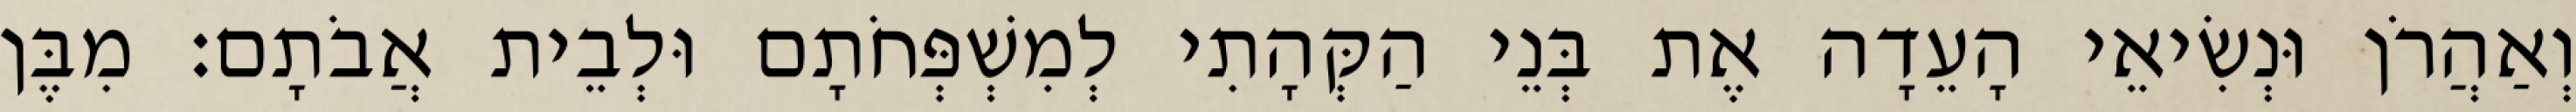
וְאַהֲרֹן וּנְשִׂיאֵי הָעֵדָה אֶת בְּנֵי הַקְּהָתִי לְמִשְׁפְּחֹתָם וּלְבֵית אֲבֹתָם׃ מִבֶּן